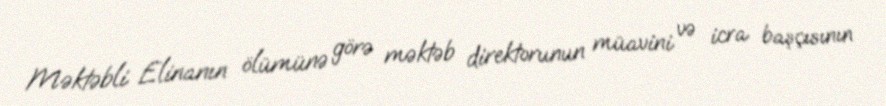
Məktəbli Elinanın ölümünə görə məktəb direktorunun müavini və icra başçısının